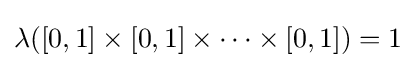
\lambda ([0,1]\times [0,1]\times \cdots \times [0,1])=1